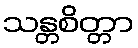
သန္တစိတ္တာ